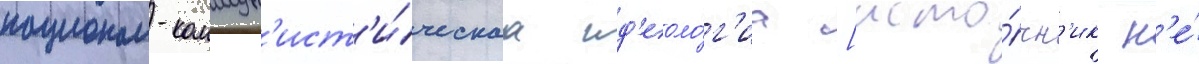
национал-коммун'ист'и́ческаа ид'еоло́г'иа [исто́чн'ик н'е́